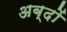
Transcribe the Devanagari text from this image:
अब्दों